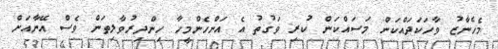
މެހެނާޒު ވާހަކަދައްކަން މަސައްކަން ކުރި ވަގުތު އެ އަންހެންމީހާ ހިންދިރުވާލިތަން ވެސް އޭނާއަށް